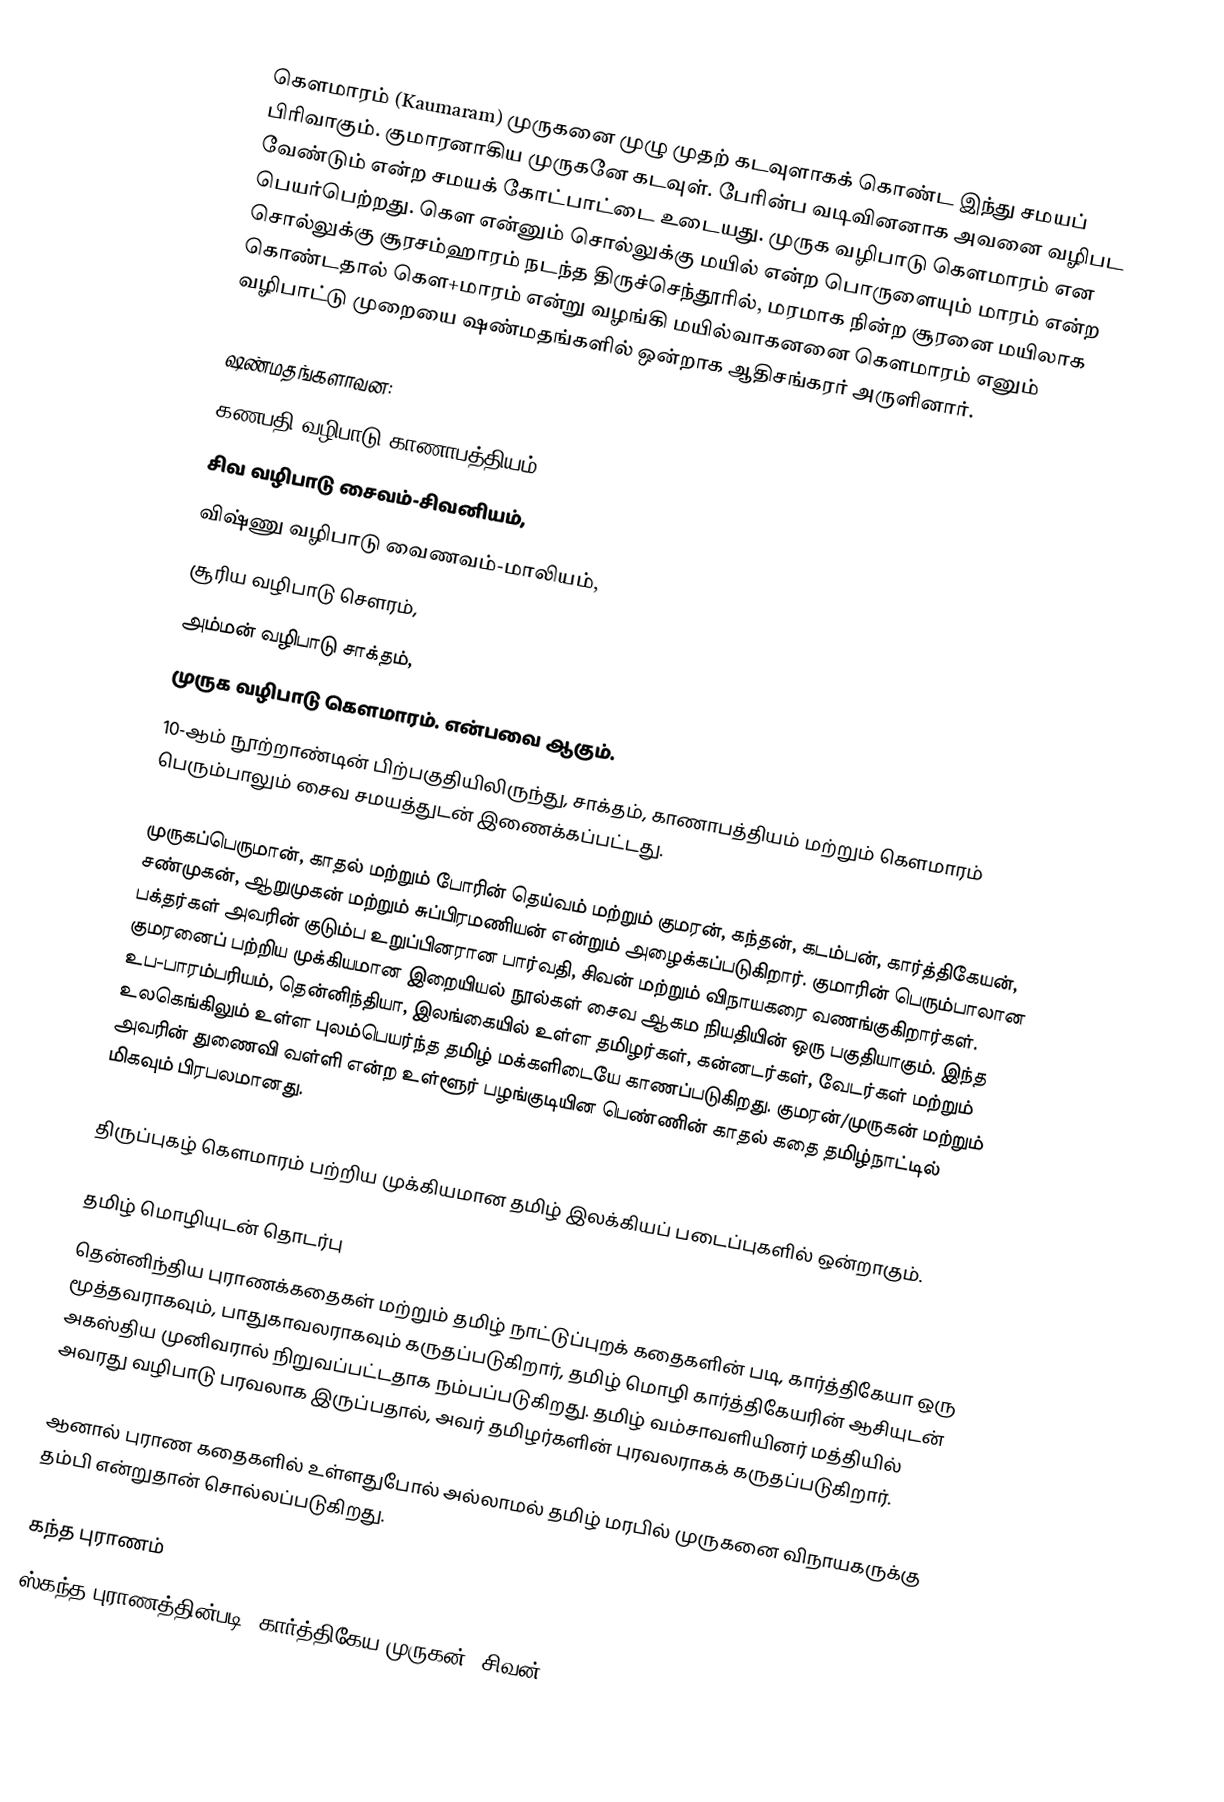
கௌமாரம் (Kaumaram) முருகனை முழு முதற் கடவுளாகக் கொண்ட இந்து சமயப் பிரிவாகும். குமாரனாகிய முருகனே கடவுள். பேரின்ப வடிவினனாக அவனை வழிபட வேண்டும் என்ற சமயக் கோட்பாட்டை உடையது. முருக வழிபாடு கௌமாரம் என பெயர்பெற்றது. கௌ என்னும் சொல்லுக்கு மயில் என்ற பொருளையும் மாரம் என்ற சொல்லுக்கு சூரசம்ஹாரம் நடந்த திருச்செந்தூரில், மரமாக நின்ற சூரனை மயிலாக கொண்டதால் கௌ+மாரம் என்று வழங்கி மயில்வாகனனை கௌமாரம் எனும் வழிபாட்டு முறையை ஷண்மதங்களில் ஒன்றாக ஆதிசங்கரர் அருளினார்.

ஷண்மதங்களாவன:
 கணபதி வழிபாடு காணாபத்தியம்,
 சிவ வழிபாடு சைவம்-சிவனியம்,
 விஷ்ணு வழிபாடு வைணவம்-மாலியம்,
 சூரிய வழிபாடு சௌரம்,
 அம்மன் வழிபாடு சாக்தம்,
 முருக வழிபாடு கௌமாரம். என்பவை ஆகும்.
10-ஆம் நூற்றாண்டின் பிற்பகுதியிலிருந்து, சாக்தம், காணாபத்தியம் மற்றும் கௌமாரம் பெரும்பாலும் சைவ சமயத்துடன் இணைக்கப்பட்டது.

முருகப்பெருமான், காதல் மற்றும் போரின் தெய்வம் மற்றும் குமரன், கந்தன், கடம்பன், கார்த்திகேயன், சண்முகன், ஆறுமுகன் மற்றும் சுப்பிரமணியன் என்றும் அழைக்கப்படுகிறார். குமாரின் பெரும்பாலான பக்தர்கள் அவரின் குடும்ப உறுப்பினரான பார்வதி, சிவன் மற்றும் விநாயகரை வணங்குகிறார்கள். குமரனைப் பற்றிய முக்கியமான இறையியல் நூல்கள் சைவ ஆகம நியதியின் ஒரு பகுதியாகும். இந்த உப-பாரம்பரியம், தென்னிந்தியா, இலங்கையில் உள்ள தமிழர்கள், கன்னடர்கள், வேடர்கள் மற்றும் உலகெங்கிலும் உள்ள புலம்பெயர்ந்த தமிழ் மக்களிடையே காணப்படுகிறது. குமரன்/முருகன் மற்றும் அவரின் துணைவி வள்ளி என்ற உள்ளூர் பழங்குடியின பெண்ணின் காதல் கதை தமிழ்நாட்டில் மிகவும் பிரபலமானது.

திருப்புகழ் கௌமாரம் பற்றிய முக்கியமான தமிழ் இலக்கியப் படைப்புகளில் ஒன்றாகும்.

தமிழ் மொழியுடன் தொடர்பு
தென்னிந்திய புராணக்கதைகள் மற்றும் தமிழ் நாட்டுப்புறக் கதைகளின் படி, கார்த்திகேயா ஒரு மூத்தவராகவும், பாதுகாவலராகவும் கருதப்படுகிறார், தமிழ் மொழி கார்த்திகேயரின் ஆசியுடன் அகஸ்திய முனிவரால் நிறுவப்பட்டதாக நம்பப்படுகிறது. தமிழ் வம்சாவளியினர் மத்தியில் அவரது வழிபாடு பரவலாக இருப்பதால், அவர் தமிழர்களின் புரவலராகக் கருதப்படுகிறார்.

ஆனால் புராண கதைகளில் உள்ளதுபோல் அல்லாமல் தமிழ் மரபில் முருகனை விநாயகருக்கு தம்பி என்றுதான் சொல்லப்படுகிறது.

கந்த புராணம்
ஸ்கந்த புராணத்தின்படி, கார்த்திகேய முருகன், சிவன்